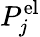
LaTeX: P_{j}^{\mathrm{el}}